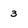
Character: 3